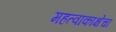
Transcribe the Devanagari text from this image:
महत्वाकांक्षेचा